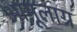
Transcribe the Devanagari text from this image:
अामूलाग्र